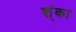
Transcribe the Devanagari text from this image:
श्ंका